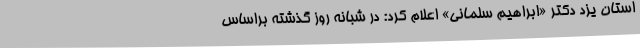
استان یزد دکتر «ابراهیم سلمانی» اعلام کرد: در شبانه روز گذشته براساس